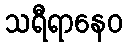
သရီရာနေဝ